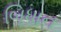
બિધાન